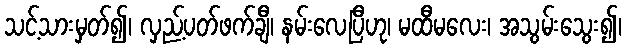
သင့်သားမှတ်၍၊ လှည့်ပတ်ဖက်ချီ၊ နမ်းလေပြီဟု၊ မထီမလေး၊ အသွမ်းသွေး၍၊